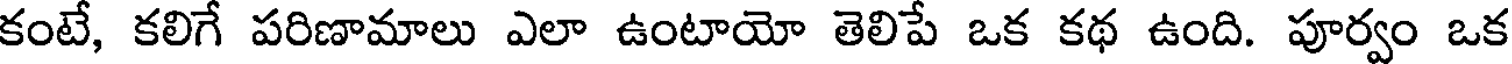
కంటే, కలిగే పరిణామాలు ఎలా ఉంటాయో తెలిపే ఒక కథ ఉంది. పూర్వం ఒక